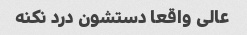
عالی واقعا دستشون درد نکنه